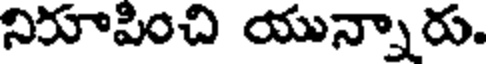
నిరూపించి యున్నారు.